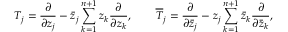
T _ { j } = \frac { \partial } { \partial z _ { j } } - \bar { z } _ { j } \sum _ { k = 1 } ^ { n + 1 } z _ { k } \frac { \partial } { \partial z _ { k } } , \quad \quad \overline { { T } } _ { j } = \frac { \partial } { \partial \bar { z } _ { j } } - z _ { j } \sum _ { k = 1 } ^ { n + 1 } \bar { z } _ { k } \frac { \partial } { \partial \bar { z } _ { k } } ,